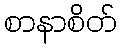
စာနာစိတ်